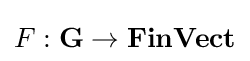
F:\mathbf {G} \to \mathbf {FinVect}